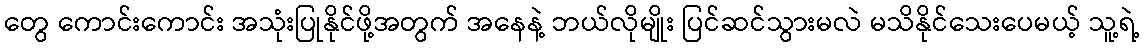
တွေ ကောင်းကောင်း အသုံးပြုနိုင်ဖို့အတွက် အနေနဲ့ ဘယ်လိုမျိုး ပြင်ဆင်သွားမလဲ မသိနိုင်သေးပေမယ့် သူ့ရဲ့